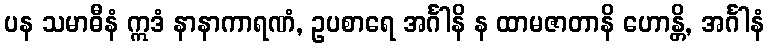
ပန သမာဓီနံ ဣဒံ နာနာကာရဏံ, ဥပစာရေ အင်္ဂါနိ န ထာမဇာတာနိ ဟောန္တိ, အင်္ဂါနံ